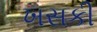
ખસકી